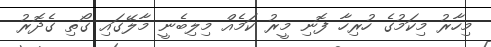
މިހާރު މިކަމުގެ ހުރިހާ ފޮނި މީރު ކަމެއް މިލިބެނީ މާލޭގައި ގޯތި ގެދޮރު